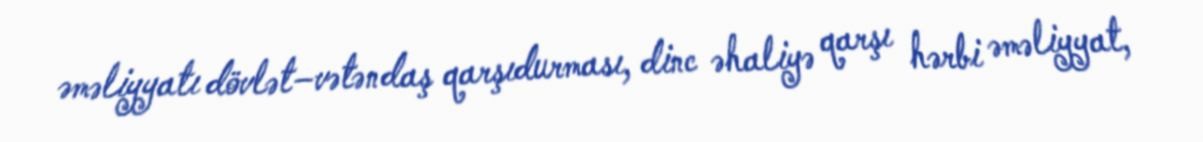
əməliyyatı dövlət–vətəndaş qarşıdurması, dinc əhaliyə qarşı hərbi əməliyyat,